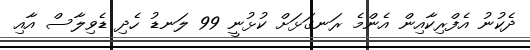
ދެކުނު އެފްރިކާއިން އެންމެ ރަނގަޅަށް ކުޅުނީ 99 ލަނޑު ހެދި ޑެވިލާސް އާއި